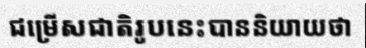
ជម្រើសជាតិរូបនេះបាននិយាយថា